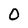
Character: 0